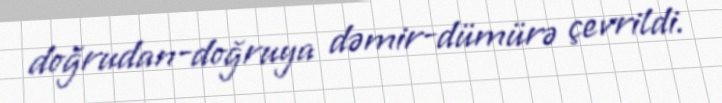
doğrudan-doğruya dəmir-dümürə çevrildi.